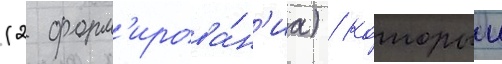
(2 форм'ирова́н'иа) / которыи